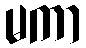
မကာ